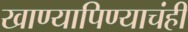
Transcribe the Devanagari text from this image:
खाण्यापिण्याचंही